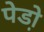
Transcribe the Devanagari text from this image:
पेडो़